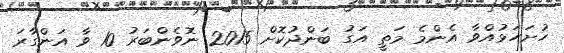
ހުށަހަޅުއްވާ އެންމެ މަތީ އަގު ބަންދުކޮށް 2015 ނޮވެންބަރު 10 ވާ އަންގާރަ